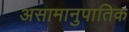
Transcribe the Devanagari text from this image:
असामानुपातिक